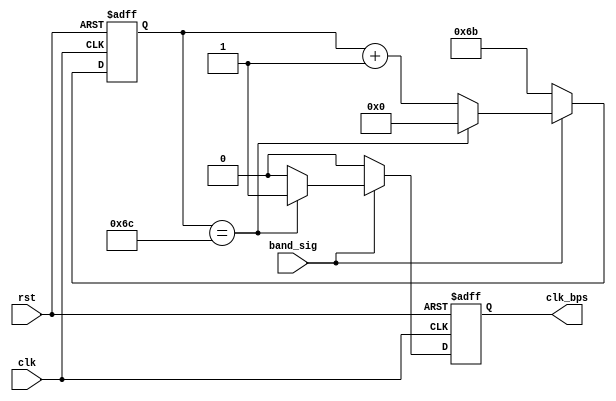
`timescale 1ns / 1ps

module uart_tx_band_gen(
    input clk,
    input rst,
    input band_sig,
    output reg clk_bps
    );
    
    /////////////////////
    parameter SYS_RATE = 100000000;
    parameter BAND_RATE = 921600;
    parameter CNT_BAND = SYS_RATE / BAND_RATE;
    /////////////////////
    
    reg [13:0]cnt_bps;
    always @( posedge clk or posedge rst )
        if( rst )
        begin
            cnt_bps <= CNT_BAND - 1'b1;
            clk_bps <= 1'b0;
        end
        else if( !band_sig )
        begin
            cnt_bps <= CNT_BAND - 1'b1;
            clk_bps <= 1'b0;
        end
        else if( cnt_bps == CNT_BAND )
        begin
            cnt_bps <= 14'd0;
            clk_bps <= 1'b1;
        end
        else 
        begin
            cnt_bps <= cnt_bps + 1'b1;
            clk_bps <= 1'b0;
        end    
endmodule